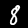
Digit: 8